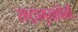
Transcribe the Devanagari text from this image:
राष्ट्रप्रमुखांपैकी